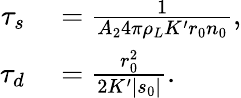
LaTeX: \begin{array}{rl}{\tau_{s}}&{{}=\frac{1}{A_{2}4\pi\rho_{L}K^{\prime}r_{0}n_{0}},}\\ {\tau_{d}}&{{}=\frac{r_{0}^{2}}{2K^{\prime}|s_{0}|}.}\end{array}